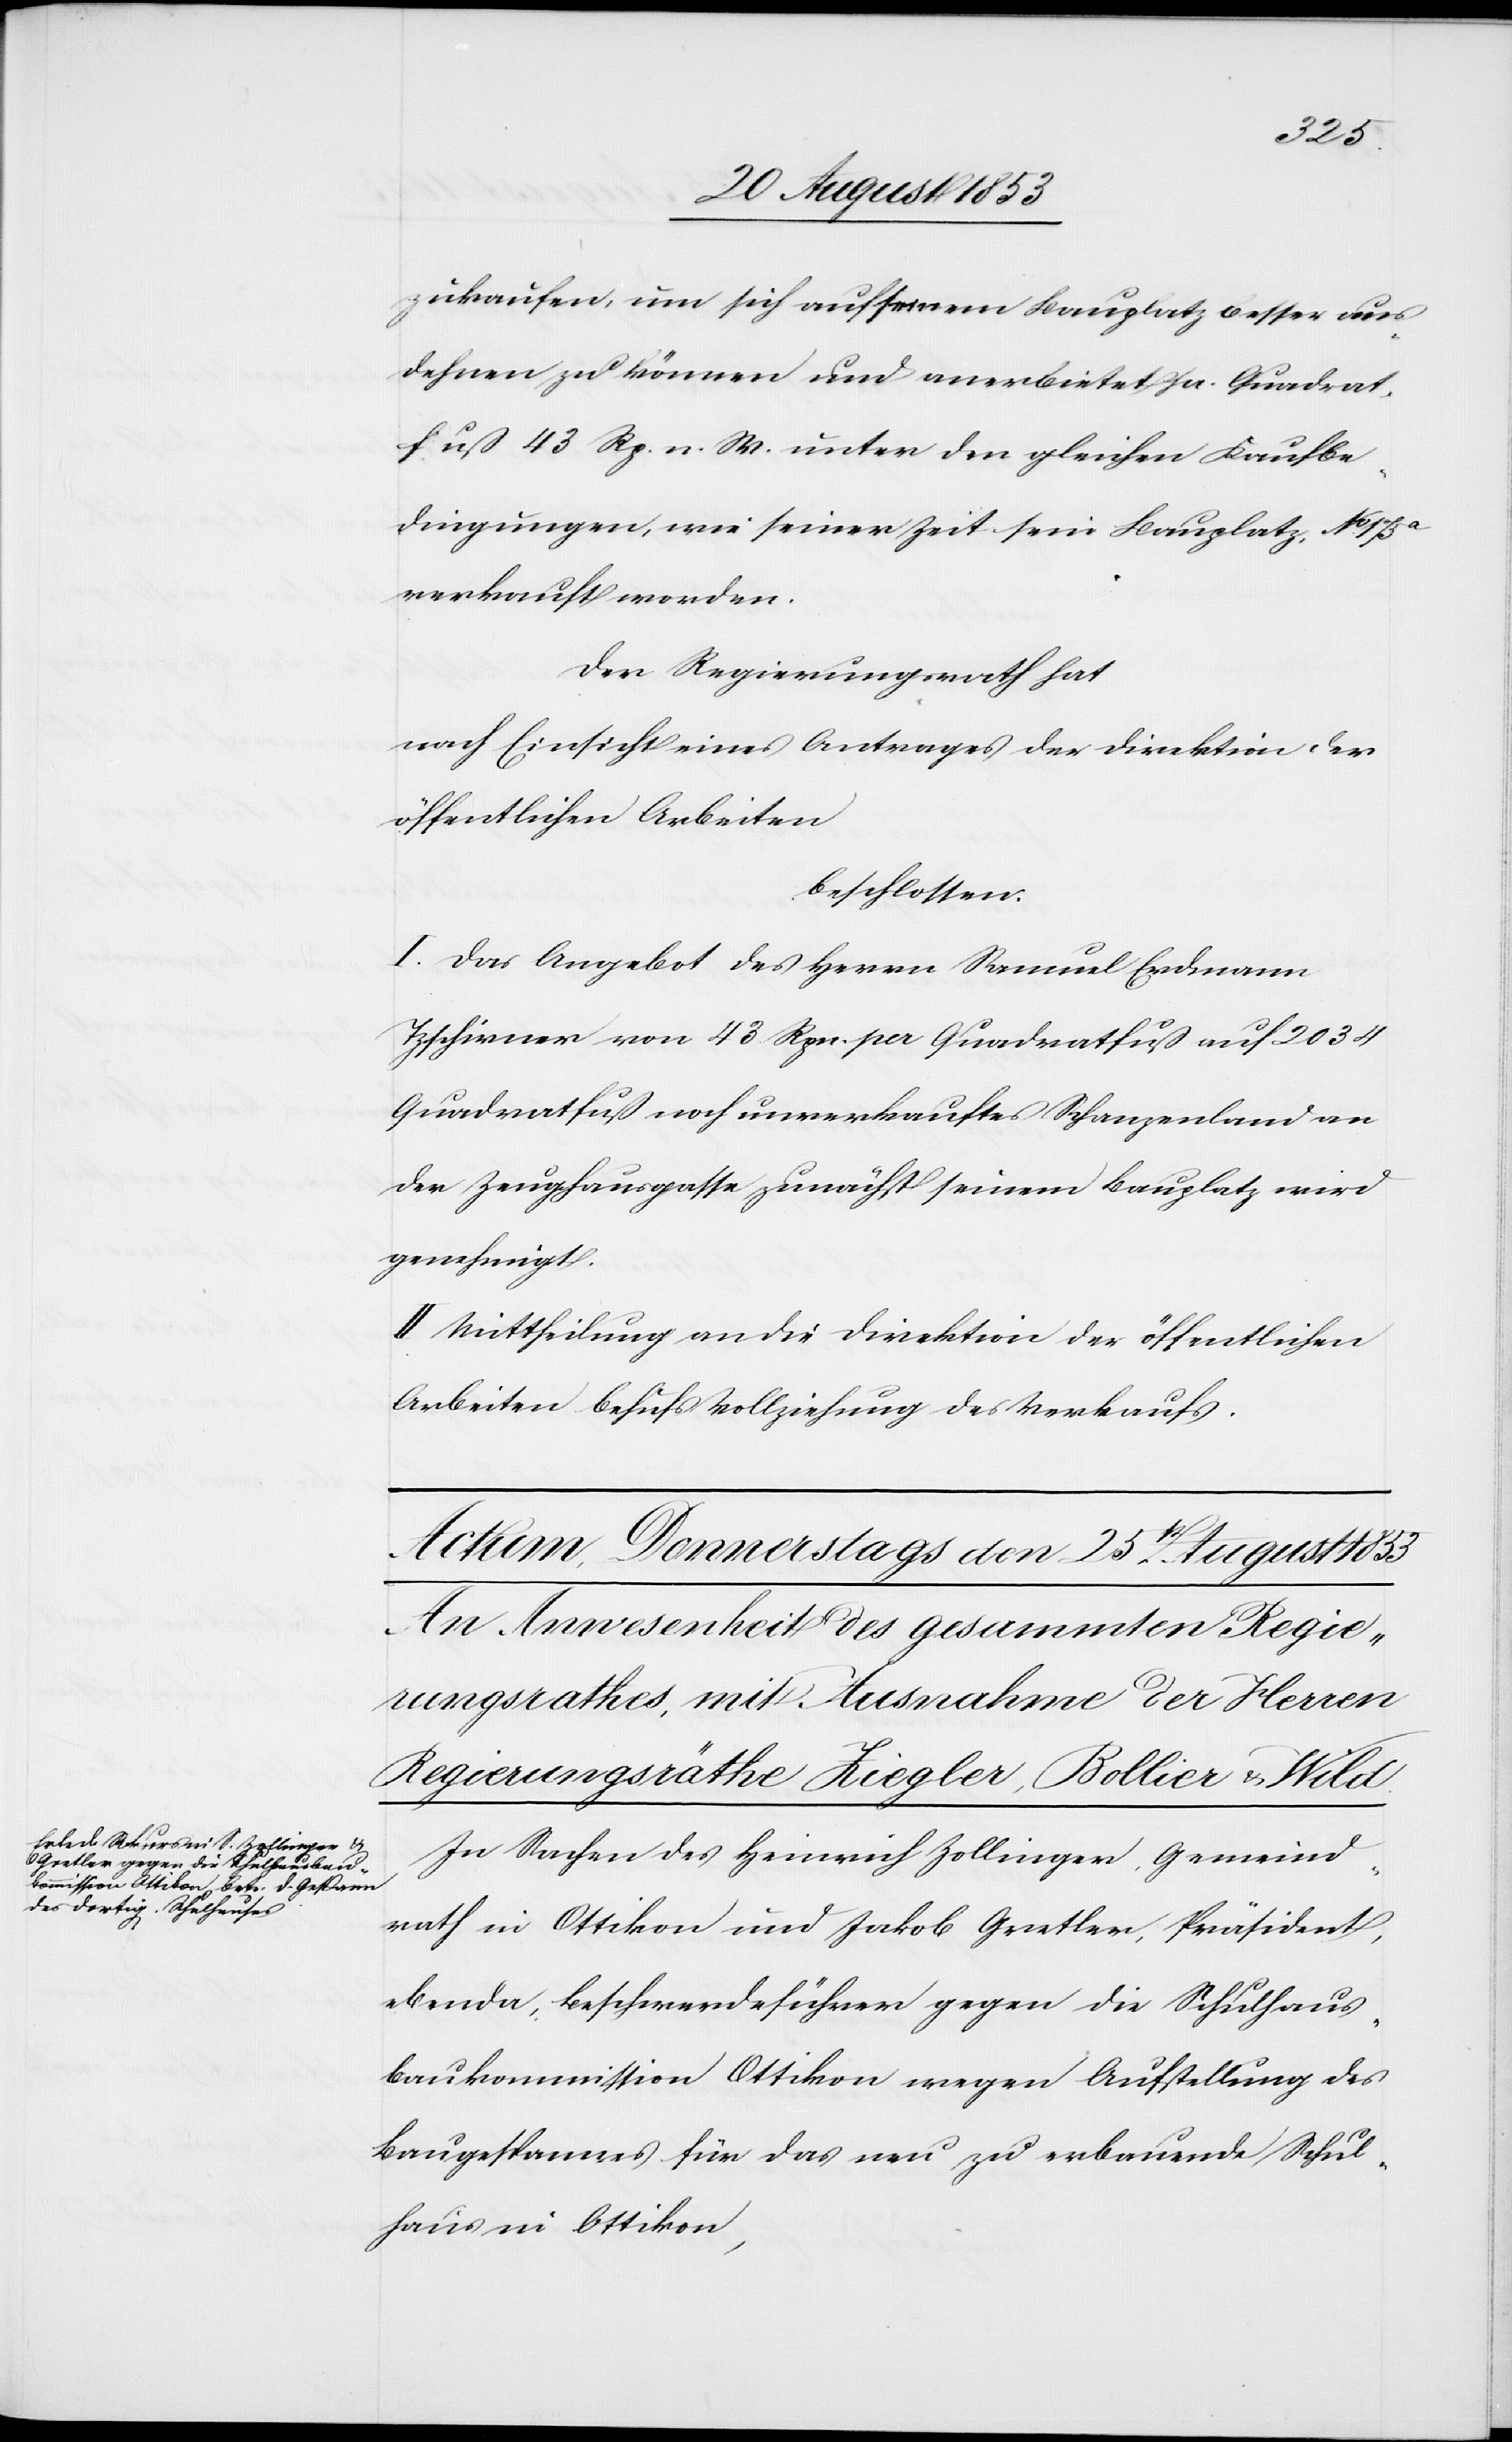
zukaufen, um sich auf seinem Bauplatz besser aus¬
dehnen zu können und anerbietet pr. Quadrat¬
fuß 43 Rpn. n. W. unter den gleichen Kaufbe¬
dingungen, wie seiner Zeit sein Bauplatz. N° 173a
verkauft worden.
Der Regierungsrath hat
nach Einsicht eines Antrages der Direktion der
öffentlichen Arbeiten
beschlossen:
I. Das Angebot des Herrn Samuel Erdmann
Tzschirner von 43 Rpn. pr. Quadratfuß auf 2034
Quadratfuß noch unverkauftes Schanzenland an
der Zeughausgasse zunächst seinem Bauplatz wird
genehmigt.
II. Mittheilung an die Direktion der öffentlichen
Arbeiten behufs Vollziehung des Verkaufs.
In Sachen des Heinrich Zollinger, Gemeind¬
rath in Ottikon und Jakob Grether, Präsident,
ebenda, Beschwerdeführer gegen die Schulhaus¬
baukommission Ottikon wegen Aufstellung des
Baugespannes für das neu zu erbauende Schul¬
haus in Ottikon,